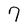
Character: 9